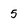
Character: 5